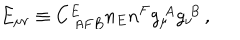
LaTeX: E _ { \mu \nu } \equiv C _ { ~ A F B } ^ { E } n _ { E } n ^ { F } g _ { \mu } ^ { ~ A } g _ { \nu } ^ { ~ B } \, ,